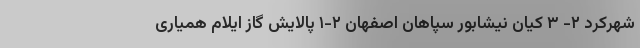
شهرکرد ٢- ٣ کیان نیشابور سپاهان اصفهان ٢-١ پالایش گاز ایلام همیاری